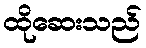
ထိုဆေးသည်